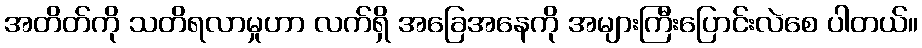
အတိတ်ကို သတိရလာမှုဟာ လက်ရှိ အခြေအနေကို အများကြီးပြောင်းလဲစေ ပါတယ်။